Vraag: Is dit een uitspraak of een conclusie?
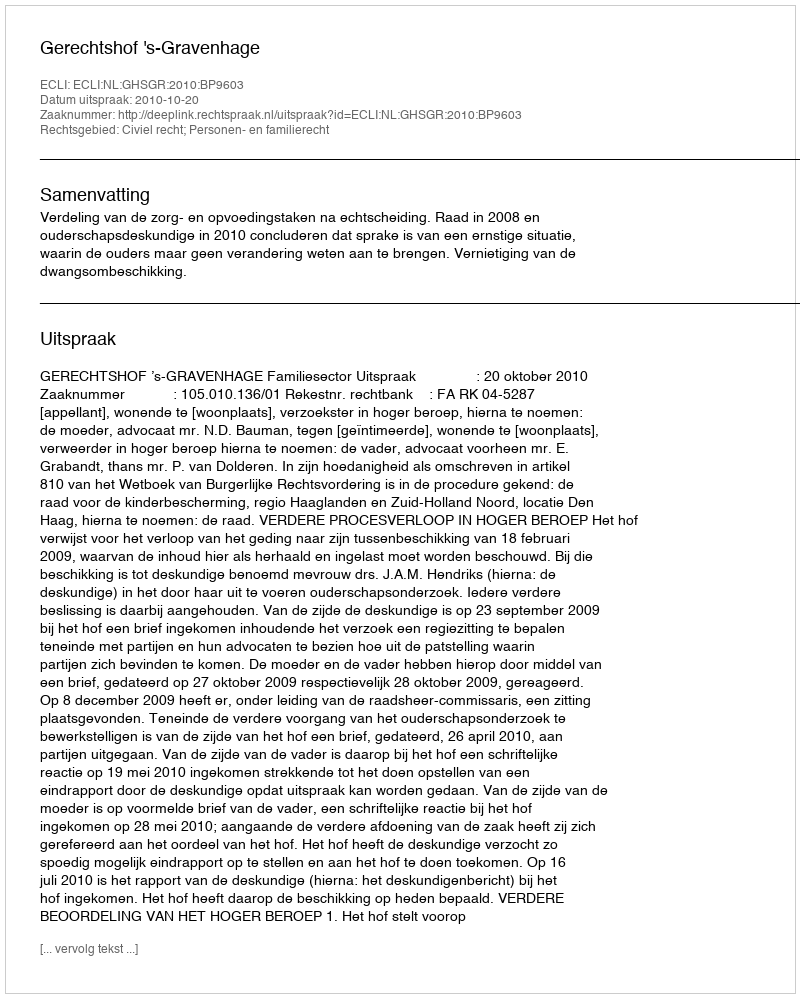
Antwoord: Uitspraak